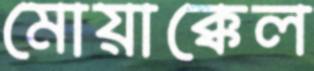
মোয়াক্কেল